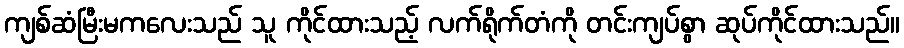
ကျစ်ဆံမြီးမကလေးသည် သူ ကိုင်ထားသည့် လက်ရိုက်တံကို တင်းကျပ်စွာ ဆုပ်ကိုင်ထားသည်။